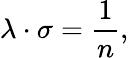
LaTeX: \lambda\cdot\sigma={\frac{1}{n}},